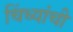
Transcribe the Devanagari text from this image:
चिंध्यांची